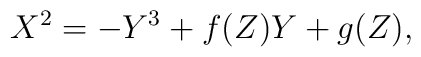
X^2  = -Y^3+f(Z)Y+g(Z) ,